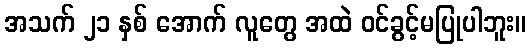
အသက် ၂၁ နှစ် အောက် လူတွေ အထဲ ဝင်ခွင့်မပြုပါဘူး။